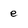
Character: e